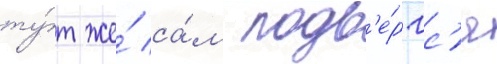
ту́т же́ са́м подв'е́ргс'я